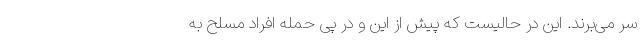
سر می‌برند. این در حالیست که پیش از این و در پی حمله افراد مسلح به